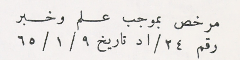
مرخص بموجب علم وخبر رقم ٢٤/اد تاريخ ٩ /١/ ٦٥